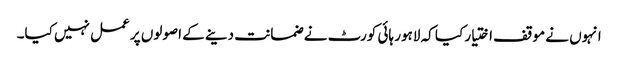
انہوں نے موقف اختیار کیا کہ لاہور ہائی کورٹ نے ضمانت دینے کے اصولوں پر عمل نہیں کیا۔